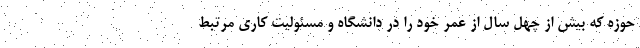
حوزه که بیش از چهل سال از عمر خود را در دانشگاه و مسئولیت کاری مرتبط